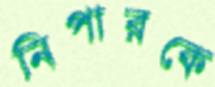
নিপারকে